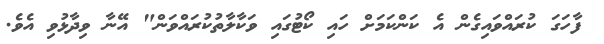
ފާހަގަ ކުރައްވައިގެން އެ ކަންކަމަށް ހައި ކޯޓުގައި ވަކާލާތުކުރައްވަން" އޭނާ ވިދާޅުވި އެވެ.